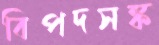
বিপদসঙ্ক